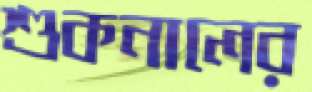
শুকনালের